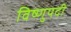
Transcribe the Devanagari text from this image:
विष्णुपदी